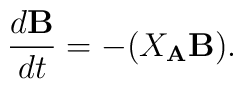
{d{\bf B}\over dt}= - (X_{\bf A}{\bf B}).